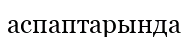
аспаптарында